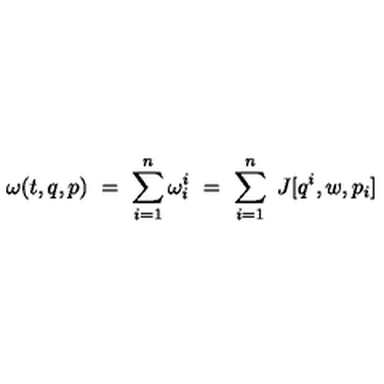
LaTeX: \omega ( t , q , p ) \ = \ \sum _ { i = 1 } ^ { n } \omega _ { i } ^ { i } \ = \ \sum _ { i = 1 } ^ { n } \ J [ q ^ { i } , w , p _ { i } ]